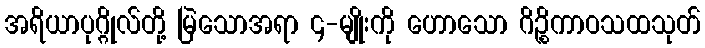
အရိယာပုဂ္ဂိုလ်တို့ မြဲသောအရာ ၄-မျိုးကို ဟောသော ဂိဉ္စိကာဝသထသုတ်